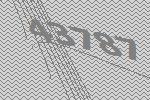
43787